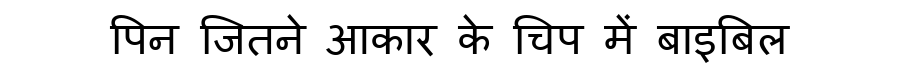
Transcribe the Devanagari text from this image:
पिन जितने आकार के चिप में बाइबिल